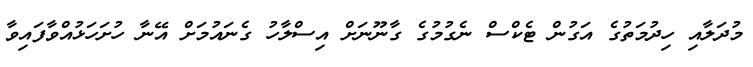
މުދަލާއި ހިދުމަތުގެ އަގުން ޓެކްސް ނެގުމުގެ ގާނޫނަށް އިސްލާހު ގެނައުމަށް އޭނާ ހުށަަހަޅުއްވާފައިވާ